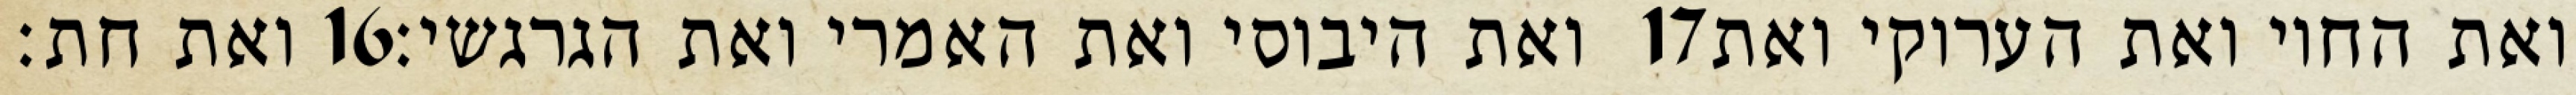
ואת חת׃ ‎16‏ ואת היבוסי ואת האמרי ואת הגרגשי׃ ‎17‏ ואת החוי ואת הערוקי ואת